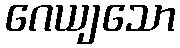
ဂေယျသော